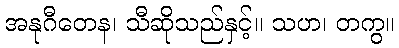
အနုဂီတေန၊ သီဆိုသည်နှင့်။ သဟ၊ တကွ။